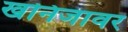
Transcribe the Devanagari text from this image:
खनिजावर